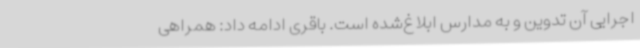
اجرایی آن تدوین و به مدارس ابلاغ‌شده است. باقری ادامه داد: همراهی